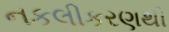
નકલીકરણથી